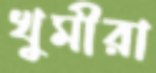
খুমীরা